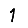
Digit: 1